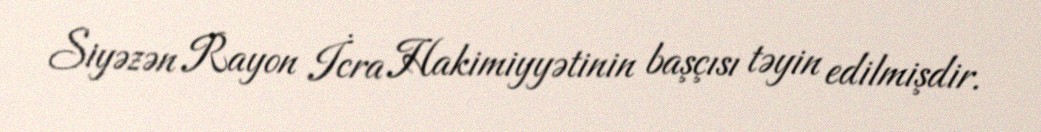
Siyəzən Rayon İcra Hakimiyyətinin başçısı təyin edilmişdir.